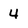
Character: 4